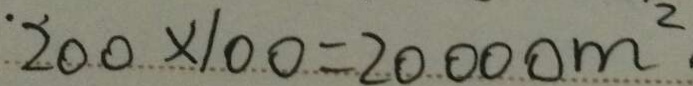
2 0 0 \times 1 0 0 = 2 0 0 0 0 m ^ { 2 }